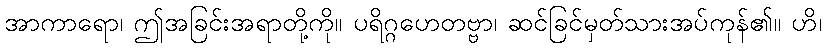
အာကာရော၊ ဤအခြင်းအရာတို့ကို။ ပရိဂ္ဂဟေတဗ္ဗာ၊ ဆင်ခြင်မှတ်သားအပ်ကုန်၏။ ဟိ၊